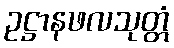
ဥဋ္ဌာနဖလသုတ္တံ